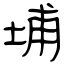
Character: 埔